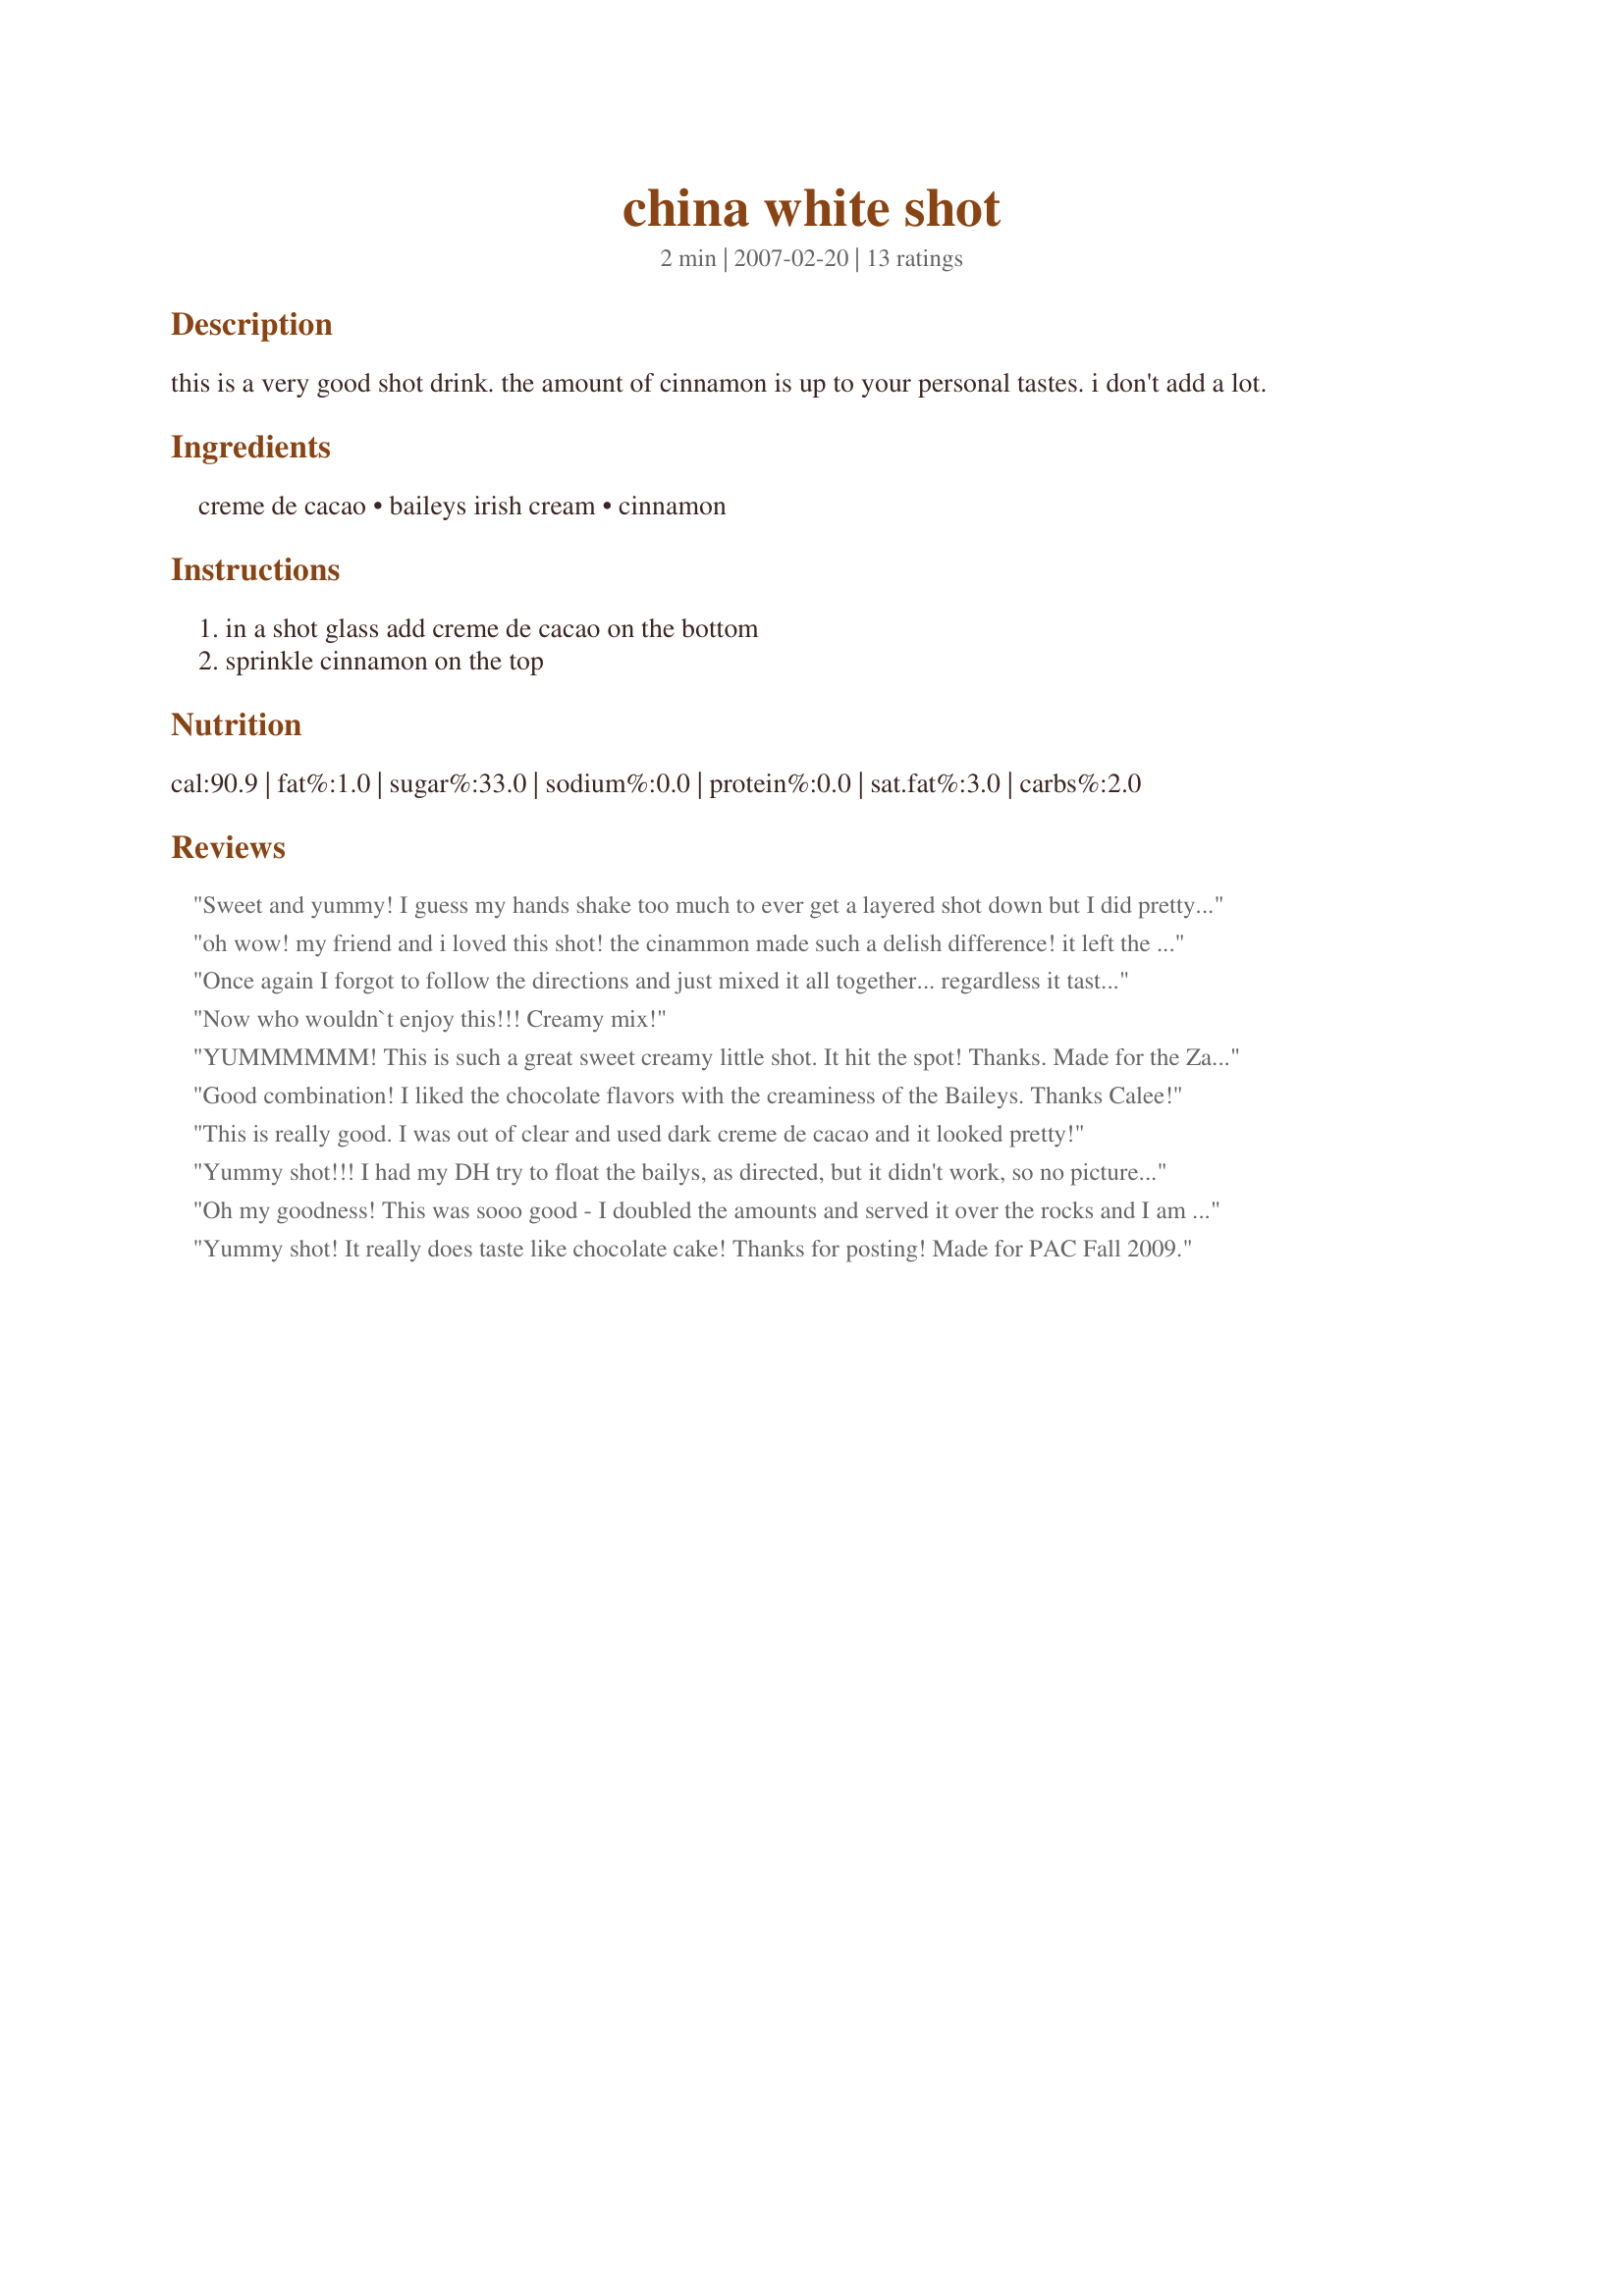
china white shot
Preparation time: 2 minutes

this is a very good shot drink. the amount of cinnamon is up to your personal tastes. i don't add a lot.

Ingredients:
creme de cacao, baileys irish cream, cinnamon

Steps:
in a shot glass add creme de cacao on the bottom, sprinkle cinnamon on the top

Reviews:
Sweet and yummy! I guess my hands shake too much to ever get a layered shot down but I did pretty well with this. Wish I had a camera! I just had to show dh how well I did! lol The cinnamon on top of this was so good- almost indulgent tasting! This was a creamy and chocolately shot of goodness! Definitely use the white creme de cacao for the beautiful layered look. Remember also not to mix it or stir it up. When you do it makes a sort of curdled look. Still tastes amazing and delicious though! Thanks for a great drink Calee! *Made for Bevy Tag*
oh wow! my friend and i loved this shot! the cinammon made such a delish difference! it left the after taste of a chocolate cake! we both loved this shot and couldnt get enough of it! thanks so much calee!!! great recipe!
Once again I forgot to follow the directions and just mixed it all together... regardless it tasted fabulous!!!! Thanks calee for this wonderful sweet shot!
Now who wouldn`t enjoy this!!! Creamy mix!
YUMMMMMM! This is such a great sweet creamy little shot. It hit the spot! Thanks. Made for the Zaar Stars game.
Good combination! I liked the chocolate flavors with the creaminess of the Baileys. Thanks Calee!
This is really good. I was out of clear and used dark creme de cacao and it looked pretty!
Yummy shot!!! I had my DH try to float the bailys, as directed, but it didn't work, so no picture, plus there is very little to float. But when you do a shot, not looking for pretty picture, just taste and fun!!!! Thanks Calee for a great tasting shot!!!! Made for beverage tag!!!
Oh my goodness! This was sooo good - I doubled the amounts and served it over the rocks and I am so glad that I did because it couldn't have been better. I used the white creme de cocoa and just poured the bailey's right on top and they easily stayed separated while I was sipping. Love the cinnamon sprinkled on top! Make for PRMR game.
Yummy shot! It really does taste like chocolate cake! Thanks for posting! Made for PAC Fall 2009.
I was at an event last night and when I ordered "Bailey's on the Rocks", the bartender asked if I'd like to try a "White China" instead. The mix they used was 1 part White Cacao/ 1 part Bailey's.
Delicious! I was coming to post the recipe when I saw yours.
Oh, Calee! This is absolutely heavenly! I surprised myself, also, because it was the first time I have been successful in layering the liqueurs :) This is so creamy and smooth ~ I just love it! Thanks for the treat, Calee!
Very NICE shot! creamy and smooth. Thanks for this one Calee... Cheers ~V
